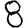
Digit: 8